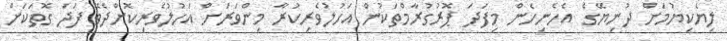
ލިޔެކިޔުމަށް ދުނިޔޭގެ އެހެނިހެން މިފަދަ ޕޮރުގުރާމްތަކުން އަހުލުވެރިކުރާ މިންވަރަށް އަހުލުވެރިކޮށްދެވޭ ފަދަ ގޮތަކަށް